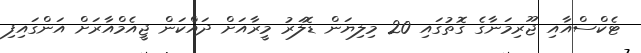
ޓެކްސްއާއި ޖޫރިމަނާގެ ގޮތުގައި 20 މިލިޔަން ޑޮލަރު މީރާއަށް ދައްކަން ޖީއެމްއާރަށް އަންގައިފި